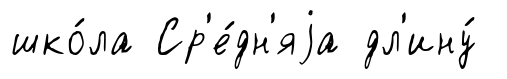
шко́ла Ср'е́дн'яjа дл'ину́